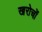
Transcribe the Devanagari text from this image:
खरोचों